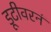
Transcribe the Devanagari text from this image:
डूटीवरनं